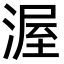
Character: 渥